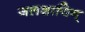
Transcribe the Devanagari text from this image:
जलशायिन्